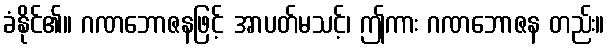
ခံနိုင်၏။ ဂဏဘောဇနဖြင့် အာပတ်မသင့်၊ ဤကား ဂဏဘောဇန တည်း။